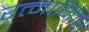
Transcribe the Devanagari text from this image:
रत्‍नागिरि